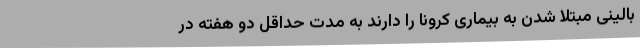
بالینی مبتلا شدن به بیماری کرونا را دارند به مدت حداقل دو هفته در